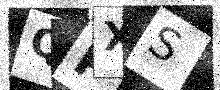
Text: QPXS